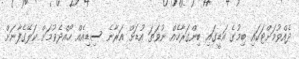
ދެއްވުމަށްޓަކައި ބިމުގެ އަޑީގައި ބިންގަރާހެއް ނުވަތަ އުޑަށް އަރާނެ ސިޑިއެއް ހޯއްދެވުމަށް ކަލޭގެފާނަށް